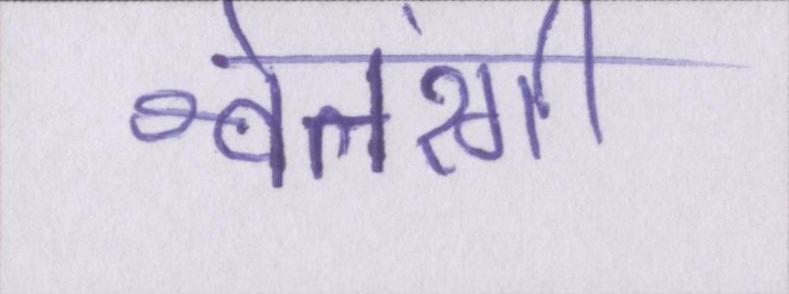
श्वेतरंगी